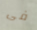
فى